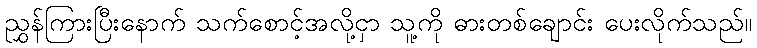
ညွှန်ကြားပြီးနောက် သက်စောင့်အလို့ငှာ သူ့ကို ဓားတစ်ချောင်း ပေးလိုက်သည်။